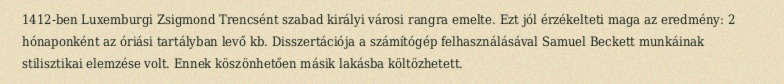
1412-ben Luxemburgi Zsigmond Trencsént szabad királyi városi rangra emelte. Ezt jól érzékelteti maga az eredmény: 2 hónaponként az óriási tartályban levő kb. Disszertációja a számítógép felhasználásával Samuel Beckett munkáinak stilisztikai elemzése volt. Ennek köszönhetően másik lakásba költözhetett.